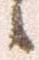
候